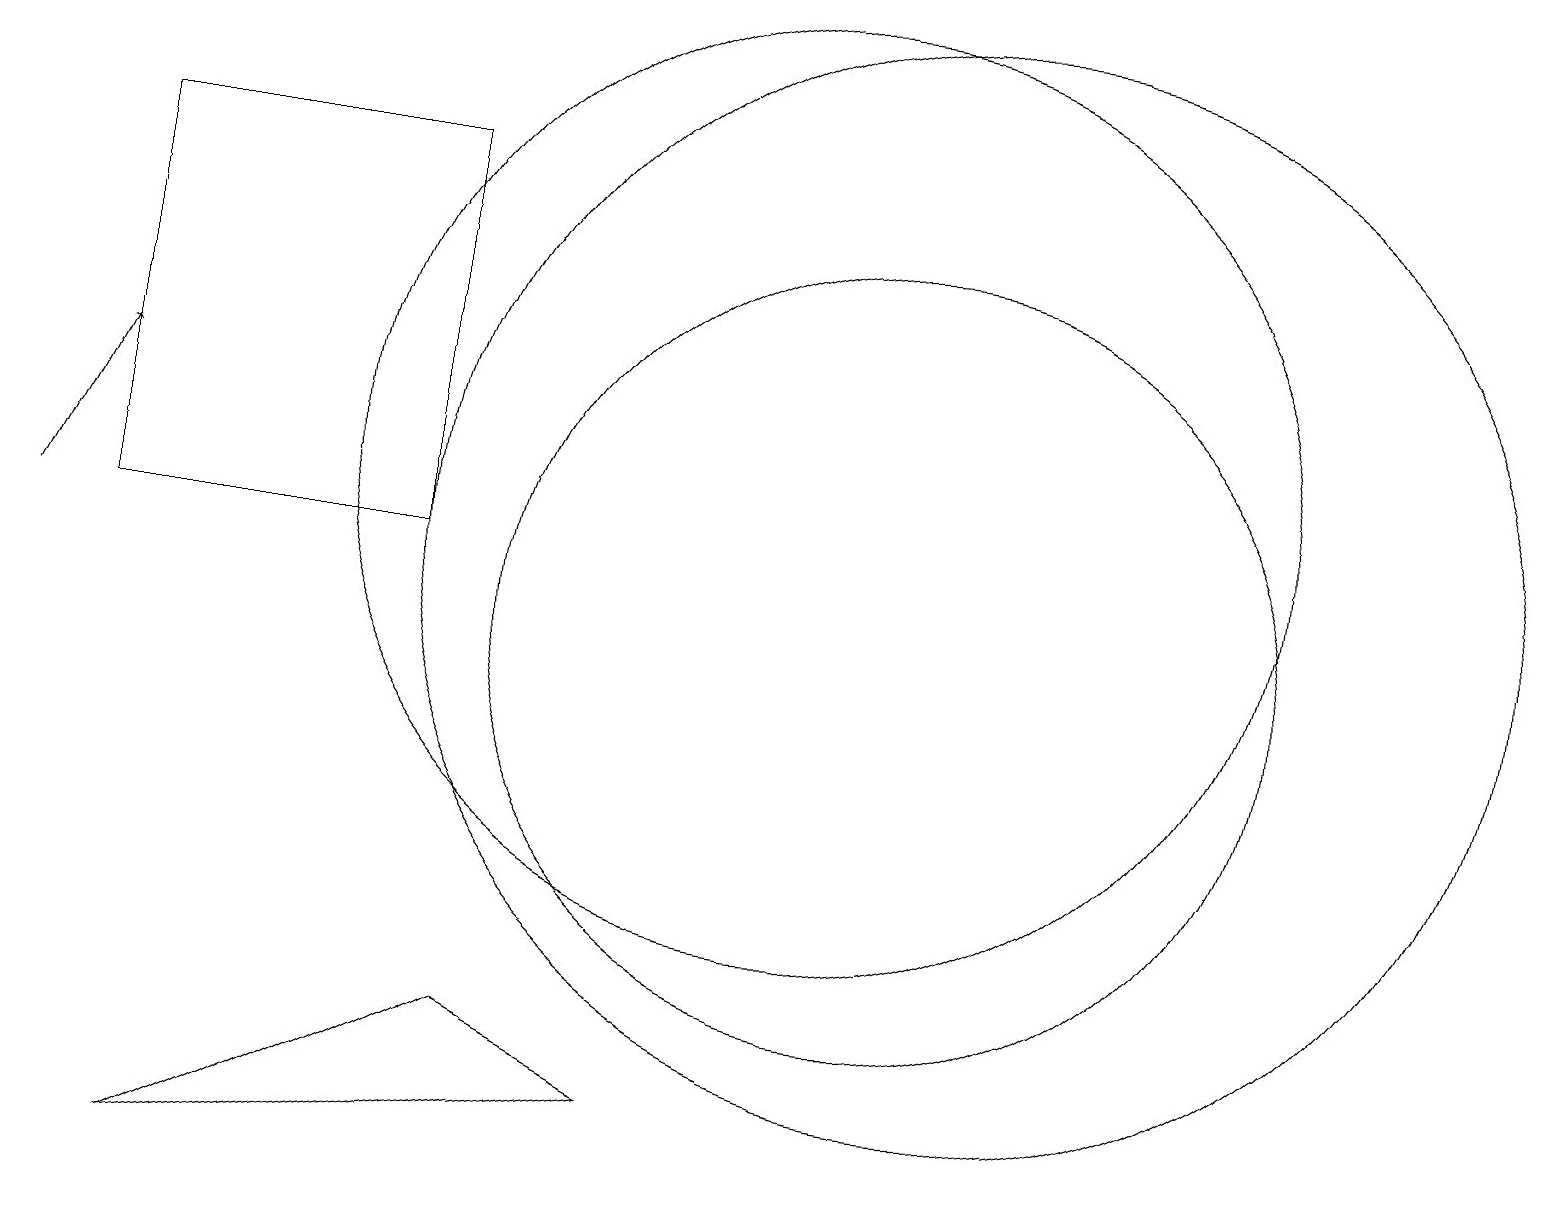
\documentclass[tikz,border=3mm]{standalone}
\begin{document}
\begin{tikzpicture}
\draw (1,16) rectangle (5,11);
\draw (10,12) circle (6);
\draw (12,11) circle (7);
\draw[->] (0,11) -- (1,13);
\draw (6,5) -- (2,3) -- (8,4) -- cycle;
\draw (11,10) circle (5);
\draw (11,12) circle (0);
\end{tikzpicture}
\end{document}